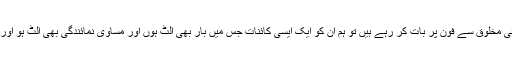
اس کا مطلب یہ ہوا کہ اگر ہم کسی خلائی مخلوق سے فون پر بات کر رہے ہیں تو ہم ان کو ایک ایسی کائنات جس میں بار بھی الٹ ہوں اور مساوی نمائندگی بھی الٹ ہو اورایک عام کائنات کا فرق نہیں بتا سکتے۔